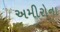
અમીરોના